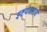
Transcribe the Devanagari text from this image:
इष्टदेवतायै